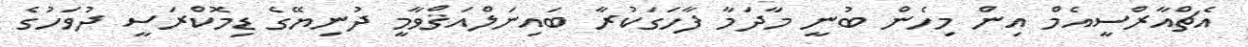
އެޗްއާރްސީއެމް އިން މިހެން ބުނީ މާދަމާ ފާހަގަކުރާ ބައިނަލްއަޤްވާމީ ދުނިޔޭގެ ޑިމޮކްރަސީ ދުވަހުގެ